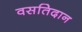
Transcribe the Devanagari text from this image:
वसतिदान